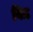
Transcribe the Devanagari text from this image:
विठ